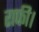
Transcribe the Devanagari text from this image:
राफी।